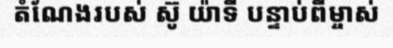
តំណែងរបស់ ស៊ូ យ៉ាទី បន្ទាប់ពីម្ចាស់